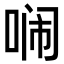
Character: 𭈥